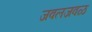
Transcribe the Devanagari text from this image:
जवलजवळ